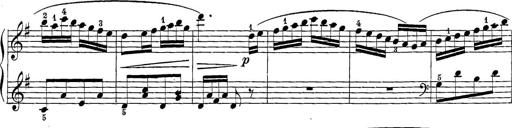
Title: 12 Sonatine per Pianoforte
Composer: Friedrich Kuhlau